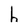
Character: h